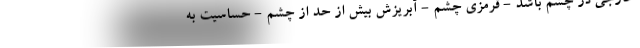
خارجی در چشم باشد - قرمزی چشم - آبریزش بیش از حد از چشم - حساسیت به